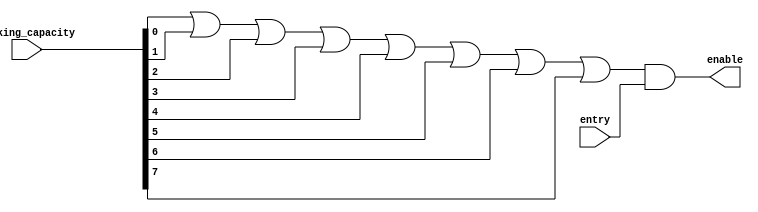
`timescale 1ns / 1ns
//////////////////////////////////////////////////////////////////////////////////
// Company: 
// Engineer: 
// 
// Design Name: 
// Module Name:    entry_checker 
// Project Name: 
// Target Devices: 
// Tool versions: 
// Description: 
//
// Dependencies: 
//
// Revision: 
// Revision 0.01 - File Created
// Additional Comments: 
//
//////////////////////////////////////////////////////////////////////////////////
module entry_checker(
    entry,
    parking_capacity,
    enable
    );
input entry;
input [7:0] parking_capacity;
output enable;
assign enable = 
(parking_capacity[0] |
parking_capacity[1] |
parking_capacity[2] |
parking_capacity[3] |
parking_capacity[4] |
parking_capacity[5] |
parking_capacity[6] |
parking_capacity[7]) &
entry;

endmodule